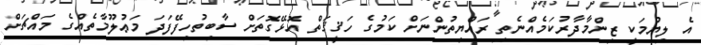
އެ ލިޔުމަކީ ޒިންމާދާރުކަމެއްނެތި ރައްޔިތުންނަށް ކަމުގެ ހަޤީޤަތް އޮޅޭގޮތަށް ސާބިތުހިފޭފަދަ މަޢުލޫމާތެއްގެ މައްޗަށް